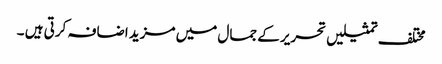
مختلف تمثیلیں تحریر کے جمال میں مزید اضافہ کرتی ہیں ۔